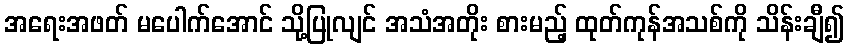
အရေးအဖတ် မပေါက်အောင် သို့ပြုလျင် အသံအတိုး စားမည့် ထုတ်ကုန်အသစ်ကို သိန်းချီ၍